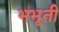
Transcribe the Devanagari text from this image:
भभूती